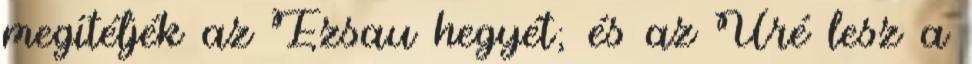
megítéljék az Ézsau hegyét; és az Úré lesz a